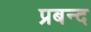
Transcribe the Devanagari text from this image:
प्रबन्द